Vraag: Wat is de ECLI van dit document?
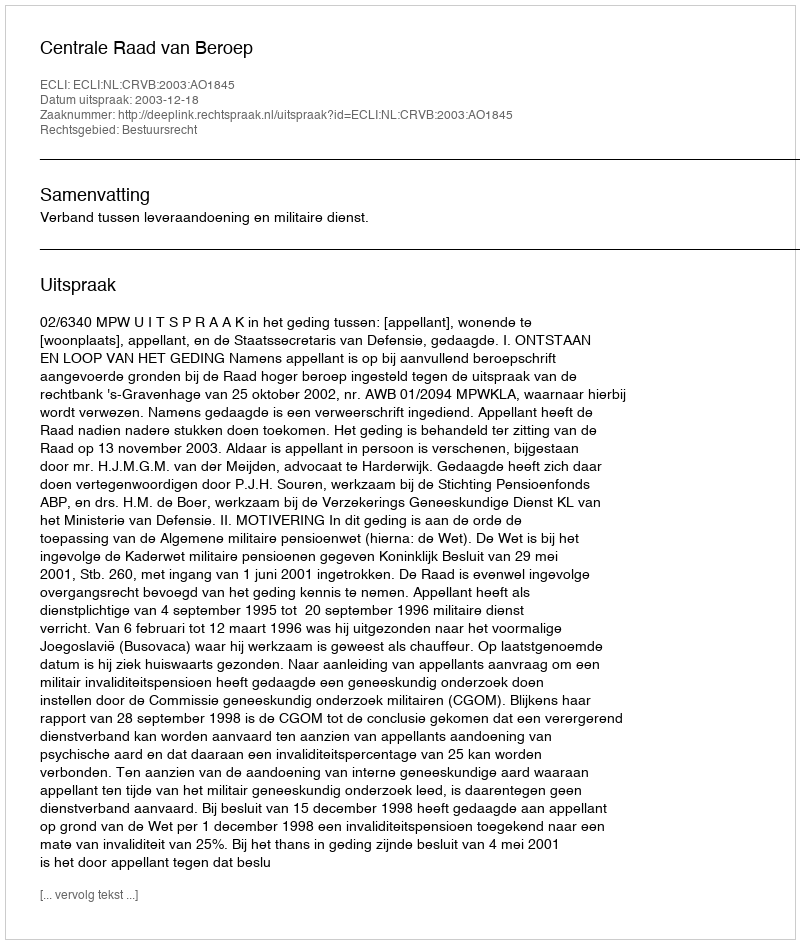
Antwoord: ECLI:NL:CRVB:2003:AO1845